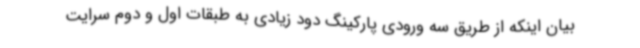
بیان اینکه از طریق سه ورودی پارکینگ دود زیادی به طبقات اول و دوم سرایت